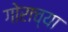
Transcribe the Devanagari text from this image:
गोराच्या